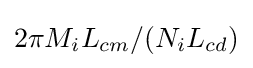
2\pi M_{i}{L_{cm}}/(N_{i}L_{cd})